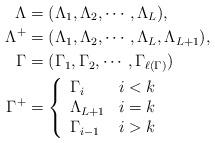
LaTeX: \begin{align*}\Lambda &= (\Lambda_1, \Lambda_2, \cdots, \Lambda_L),\\\Lambda^+ &= (\Lambda_1, \Lambda_2, \cdots, \Lambda_L, \Lambda_{L+1}), \\\Gamma &= (\Gamma_1, \Gamma_2, \cdots, \Gamma_{\ell(\Gamma)})\\ \Gamma^+ &= \left\{ \begin{array}{lr}\Gamma_i & i<k\\\Lambda_{L+1}&i=k\\\Gamma_{i-1}&i>k\end{array} \right.\end{align*}